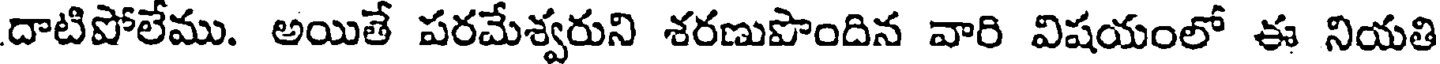
దాటిపోలేము. అయితే పరమేశ్వరుని శరణుపొందిన వారి విషయంలో ఈ నియతి